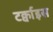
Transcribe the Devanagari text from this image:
टर्क्वाइस